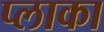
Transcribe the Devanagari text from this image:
प्लाका